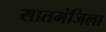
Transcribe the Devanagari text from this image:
सातमंजिला